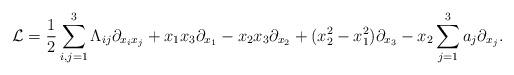
LaTeX: \begin{align*} \mathcal{L} = \frac{1}{2}\sum_{i,j=1}^3 \Lambda_{ij} \partial_{x_i x_j} +x_1 x_3 \partial_{x_1} - x_2 x_3 \partial_{x_2} + (x_2^2 - x_1^2)\partial_{x_3} - x_2\sum_{j=1}^3 a_j \partial_{x_j}.\end{align*}